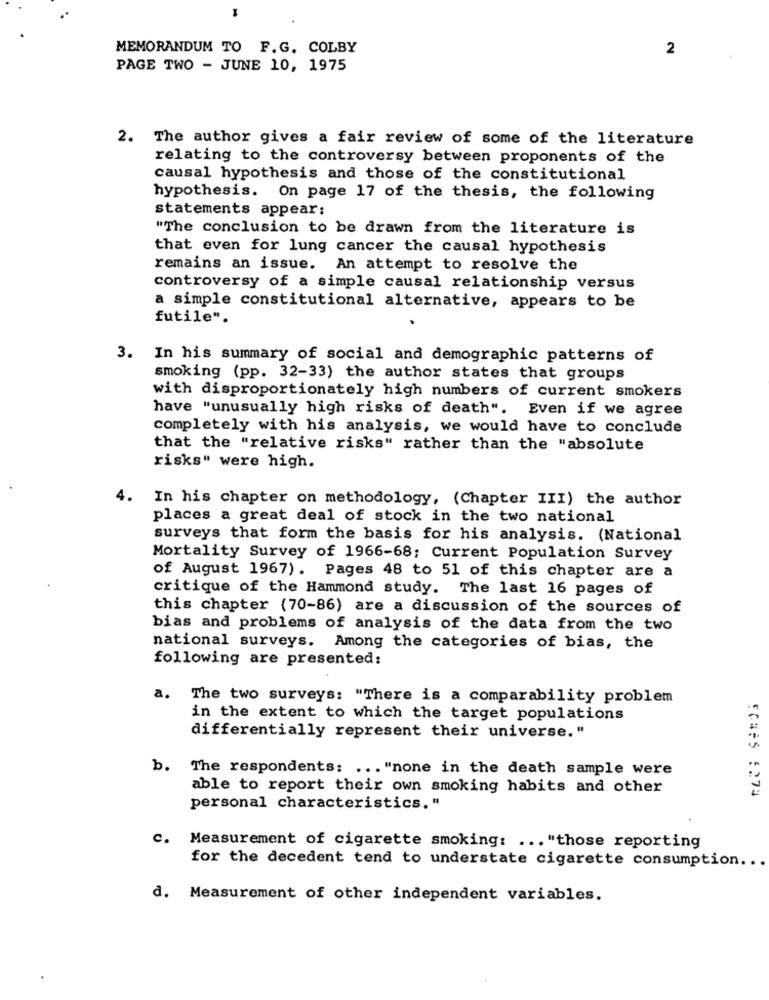
MEMORANDUM TO F.G. COLBY
2
PAGE TWO - JUNE 10, 1975
2. The author gives a fair review of some of the literature
relating to the controversy between proponents of the
causal hypothesis and those of the constitutional
hypothesis. On page 17 of the thesis, the following
statements appear:
"The conclusion to be drawn from the literature is
that even for lung cancer the causal hypothesis
remains an issue. An attempt to resolve the
controversy of a simple causal relationship versus
a simple constitutional alternative, appears to be
futile".
3. In his summary of social and demographic patterns of
smoking (pp. 32-33) the author states that groups
with disproportionately high numbers of current smokers
have "unusually high risks of death". Even if we agree
completely with his analysis, we would have to conclude
that the "relative risks" rather than the "absolute
risks" were high.
4.
In his chapter on methodology, (Chapter III) the author
places a great deal of stock in the two national
surveys that form the basis for his analysis. (National
Mortality Survey of 1966-68; Current Population Survey
of August 1967). Pages 48 to 51 of this chapter are a
critique of the Hammond study. The last 16 pages of
this chapter (70-86) are a discussion of the sources of
bias and problems of analysis of the data from the two
national surveys. Among the categories of bias, the
following are presented:
a.
The two surveys: "There is a comparability problem
in the extent to which the target populations
differentially represent their universe."
b. The respondents: ... "none in the death sample were
able to report their own smoking habits and other
personal characteristics."
C. Measurement of cigarette smoking: ... "those reporting
for the decedent tend to understate cigarette consumption ...
d. Measurement of other independent variables.